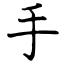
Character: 手